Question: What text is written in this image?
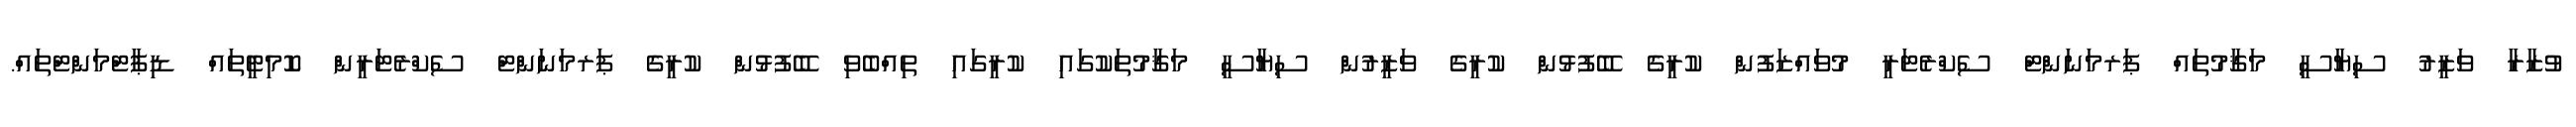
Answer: ވުޒާރާ ވަޒީރު ސިޔާސީ މަޤާމުތައް ޕަރމަނަންޓް ސެކްރެޓަރީ މުވައްޒަފުން ކުރީގެ ބޭފުޅުން ކުރީގެ ވަޒީރުން ސިޔާސީ މަޤާމުތަކުގައި ކުރީގައި ތިއްބެވި ބޭފުޅުން ކުރީގެ ޕަރމަނަންޓް ސެކްރެޓަރީން ކޮމިޓީތައް ޑިޕާޓްމަންޓްތައް.